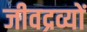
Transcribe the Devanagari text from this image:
जीवद्रव्यों